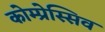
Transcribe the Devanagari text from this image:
कोम्प्रेस्सिव